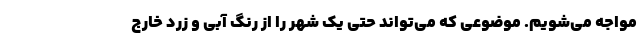
مواجه می‌شویم. موضوعی که می‌تواند حتی یک شهر را از رنگ آبی و زرد خارج